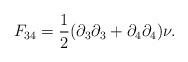
LaTeX: \begin{align*}F_{34} = {1 \over 2} (\partial_{3}\partial_{3}+\partial_{4} \partial_{4})\nu.\end{align*}